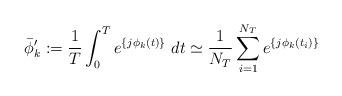
LaTeX: \begin{align*}\bar{\phi}'_k := \frac{1}{T} \int_{0}^{T} e^{ \{ j \phi_k(t) \} } \ dt \simeq \frac{1}{N_T} \sum_{i=1}^{N_T} e^{ \{ j \phi_k(t_i) \} }\end{align*}